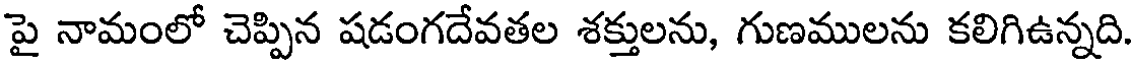
పై నామంలో చెప్పిన షడంగదేవతల శక్తులను, గుణములను కలిగిఉన్నది.